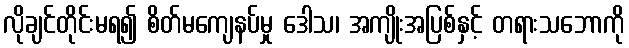
လိုချင်တိုင်းမရ၍ စိတ်မကျေနပ်မှု ဒေါသ၊ အကျိုးအပြစ်နှင့် တရားသဘောကို